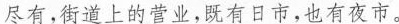
尽有，街道上的营业，既有日市，也有夜市。